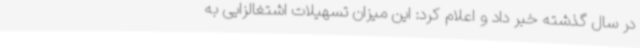
در سال گذشته خبر داد و اعلام کرد: این میزان تسهیلات اشتغالزایی به